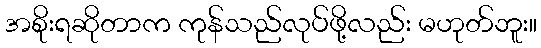
အစိုးရဆိုတာက ကုန်သည်လုပ်ဖို့လည်း မဟုတ်ဘူး။